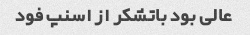
عالی بود باتشکر از اسنپ فود